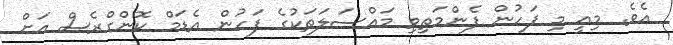
އެވެ. މިއީ މި ފަހުން ފެންމަތިވި މައްސަލަތަކުގެ ފަހުން އެޑަމް ކޮންގްރެސް އަށް